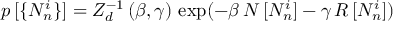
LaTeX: p \, [ \{ N _ { n } ^ { i } \} ] = Z _ { d } ^ { - 1 } \, ( \beta , \gamma ) \, \exp ( - \beta \, N \, [ N _ { n } ^ { i } ] - \gamma \, { \cal R } \, [ N _ { n } ^ { i } ] )